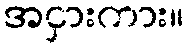
အငှားကား။